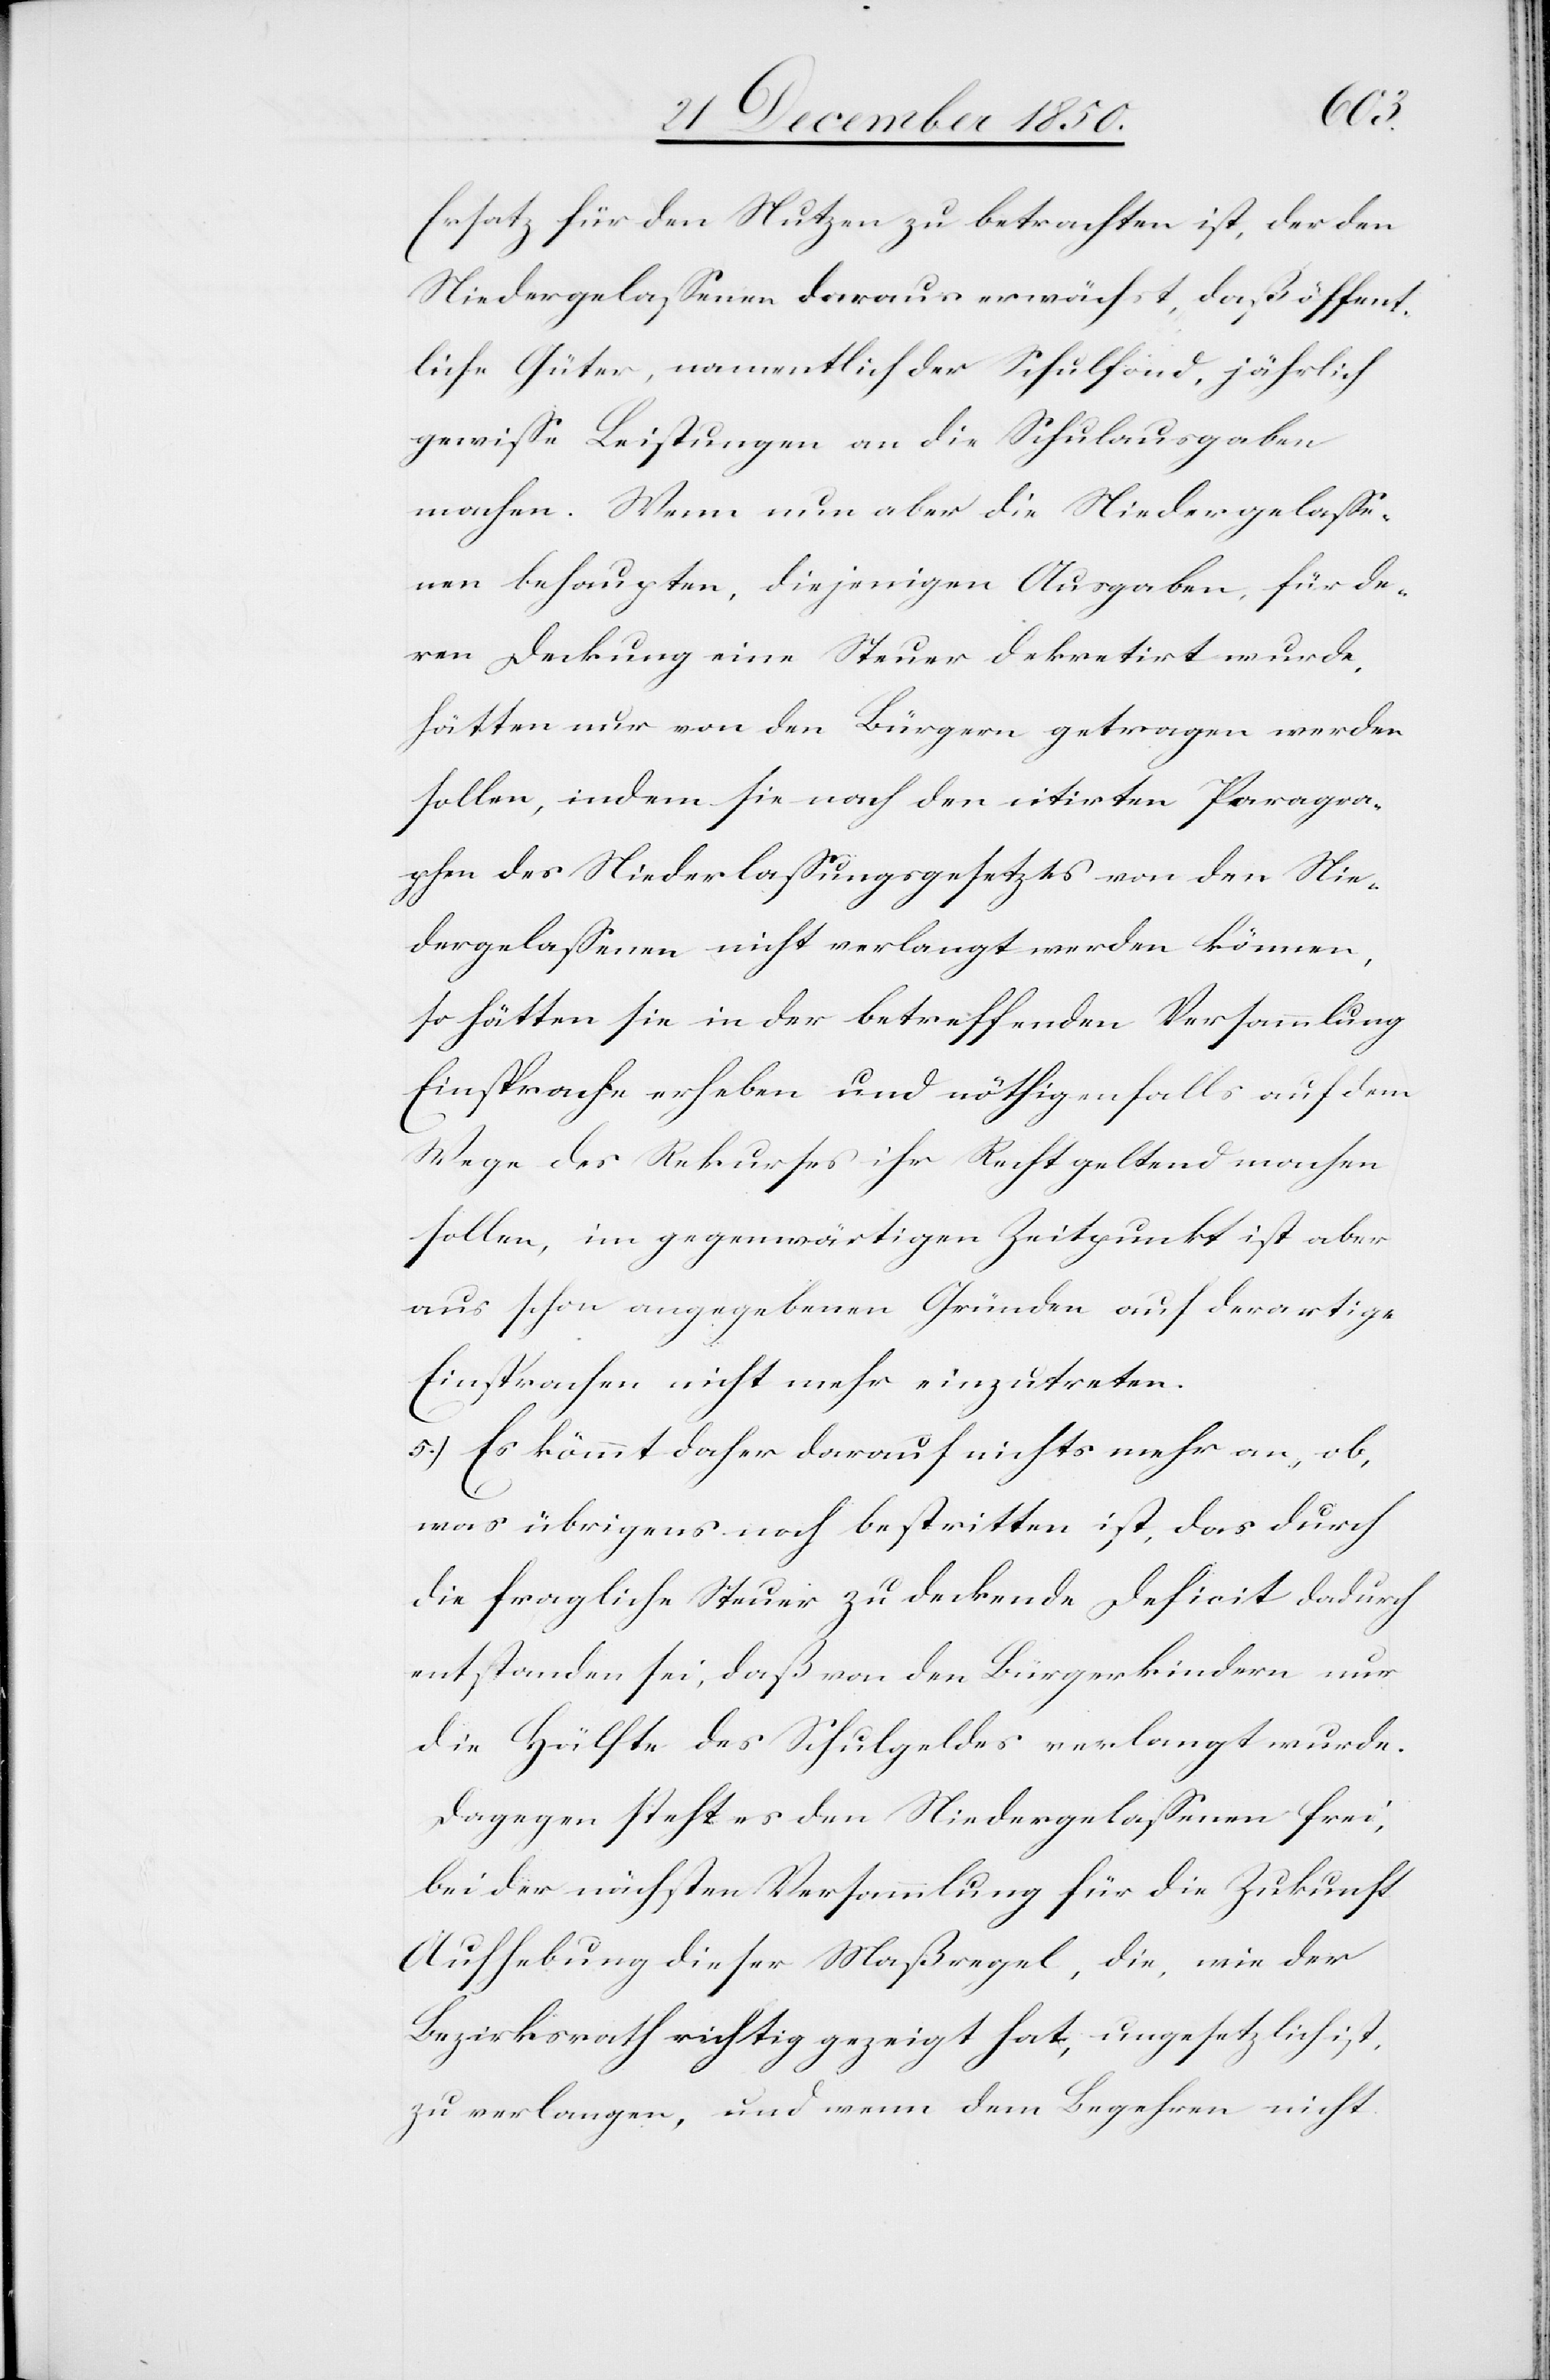
Ersatz für den Nutzen zu betrachten ist, der den
Niedergelassenen daraus erwächst, daß öffent¬
liche Güter, namentlich der Schulfond, jährlich
gewisse Leistungen an die Schulausgaben
machen. Wenn nun aber die Niedergelasse¬
nen behaupten, diejenigen Ausgaben, für de¬
ren Deckung eine Steuer dekretirt wurde,
hätten nur von den Bürgern getragen werden
sollen, indem sie nach den citirten Paragra¬
phen des Niederlassungsgesetzes von den Nie¬
dergelassenen nicht verlangt werden können,
so hätten sie in der betreffenden Versammlung
Einsprache erheben und nöthigenfalls auf dem
Wege des Rekurses ihr Recht geltend machen
sollen, im gegenwärtigen Zeitpunkt ist aber
aus schon angegebenen Gründen auf derartige
Einsprachen nicht mehr einzutreten.
5.) Es kömmt daher darauf nichts mehr an, ob,
was übrigens noch bestritten ist, das durch
die fragliche Steuer zu deckende Deficit dadurch
entstanden sei, daß von den Bürgerkindern nur
die Hälfte des Schulgeldes verlangt wurde.
Dagegen steht es den Niedergelassenen frei,
bei der nächsten Versammlung für die Zukunft
Aufhebung dieser Maßregel, die, wie der
Bezirksrath richtig gezeigt hat, ungesetzlich ist,
zu verlangen, und wenn dem Begehren nicht